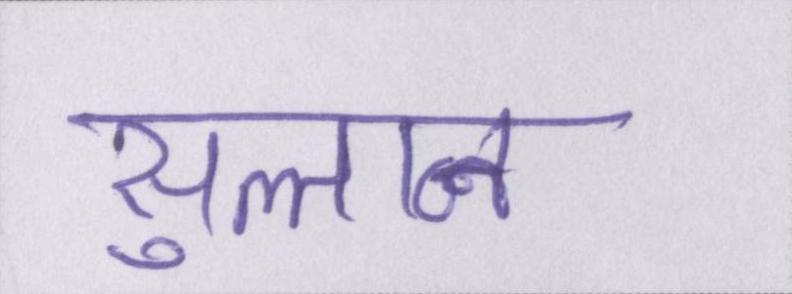
सुल्तान